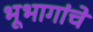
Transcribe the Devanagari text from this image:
भूभागांचे